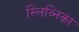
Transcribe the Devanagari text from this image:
स्लिव्निका